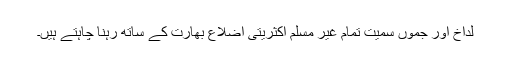
لداخ اور جموں سمیت تمام غیر مسلم اکثریتی اضلاع بھارت کے ساتھ رہنا چاہتے ہیں۔